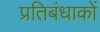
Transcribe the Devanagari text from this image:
प्रतिबंधाकों